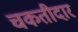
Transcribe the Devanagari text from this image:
चकतीदार